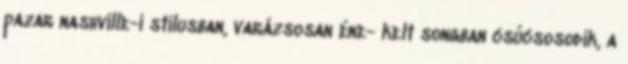
pazar nashville-i stílusban, varázsosan éne- kelt songban csúcsosodik, a